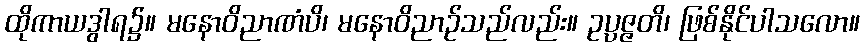
ထိုကာယဒွါရ၌။ မနောဝိညာဏံပိ၊ မနောဝိညာဉ်သည်လည်း။ ဥပ္ပဇ္ဇတိ၊ ဖြစ်နိုင်ပါသလော။